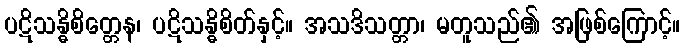
ပဋိသန္ဓိစိတ္တေန၊ ပဋိသန္ဓိစိတ်နှင့်။ အသဒိသတ္တာ၊ မတူသည်၏ အဖြစ်ကြောင့်။